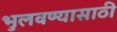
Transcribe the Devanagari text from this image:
भुलवण्यासाठी